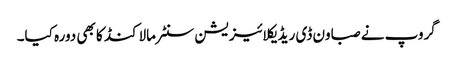
گروپ نے صباون ڈی ریڈیکلائیزیشن سنٹر مالاکنڈ کا بھی دورہ کیا۔